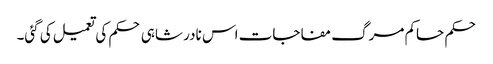
حکم حاکم مرگ مفاجات اس نادر شاہی حکم کی تعمیل کی گئی۔